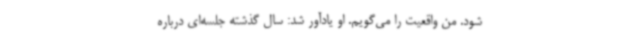
شود. من واقعیت را می‌گویم. او یادآور شد: سال گذشته جلسه‌ای درباره